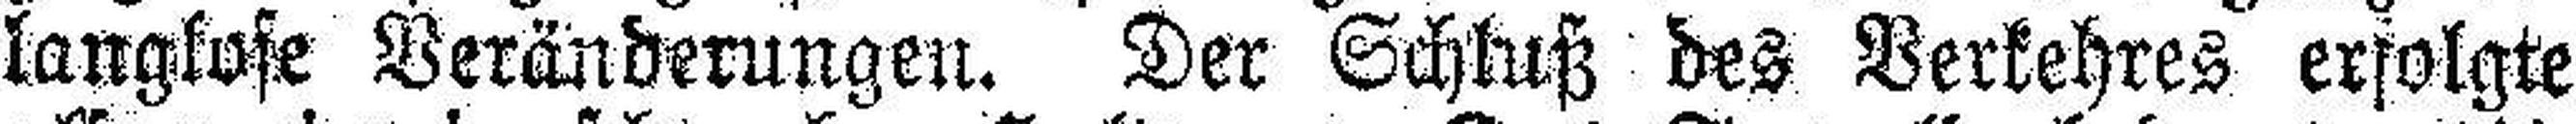
langkose Veränderungen. Der Schluß des Verkehres erfolgte